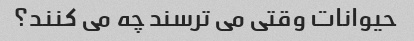
حیوانات وقتی می ترسند چه می کنند؟